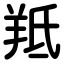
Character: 羝